Vaccination in Bombay 1869-1873 - 1869-1873
Year: 1869
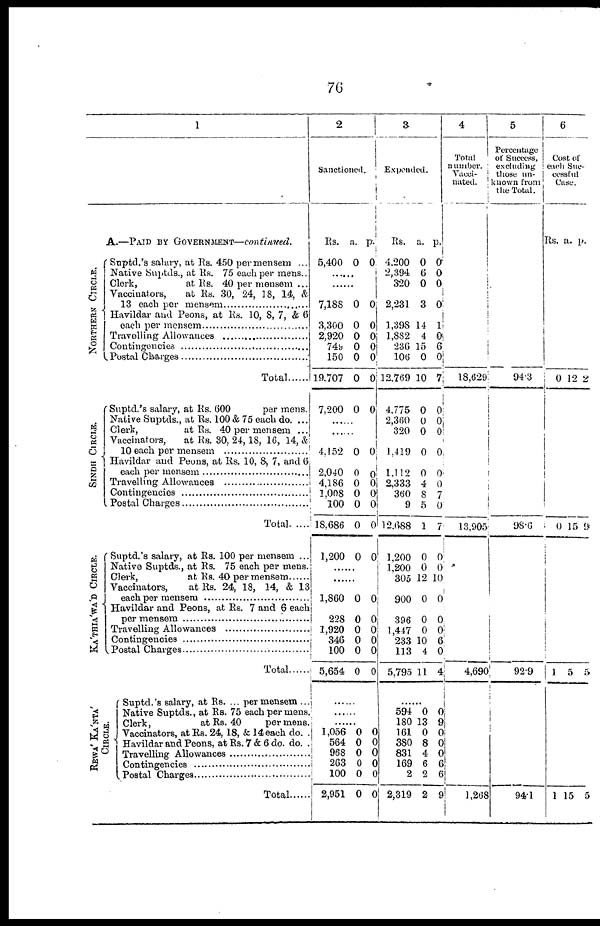
76
1
NORTHERN CIRCLE.
SINDH CIRCLE.
KA'THIA'WA'D CIRCLE.
REWA' KA'NTA'
CIRCLE.
A..—PAID BY GOVERNMENT—continued.
Suptd.'s salary, at Rs. 450 per mensem ...
Native Suptds., at Rs. 75 each per mens..
Clerk,
at Rs. 40 per mensem ...
Vaccinators, at Rs. 30, 24, 18, 14, &
13 each per mensem ...............
Havildar and Peons, at Rs. 10, 8, 7, & 6
each per mensem ...................
Travelling Allowances ..................
Contingencies ....................
Postal Charges .....................
Total
Suptd.'s salary, at Rs. 600
per mens.
Native Suptds., at Rs. 100 & 75 each do. ...1
Clerk,
at Rs. 40 per mensem ...
Vaccinators, at Rs. 30, 24, 18, 16, 14, &
10 each per mensem .................
Havildar and Peons, at Rs. 10, 8, 7, and 6
each per mensem .....................
Travelling Allowances ..................
Contingencies .........................
Postal Charges ........................
Total
Suptd.'s salary, at Rs. 100 per mensem ...
Native Suptds., at Rs. 75 each per mens.
Clerk,
at Rs. 40 per mensem
Vaccinators, at Rs. 24, 18, 14, & 13
each per mensem ..................
Havildar and Peons, at Rs. 7 and 6 each
per mensem .....................
Travelling Allowances ..................
Contingencies ......................
Postal Charges .........................
Total
Suptd.'s salary, at Rs. ... per mensem ...
Native Suptds., at Rs. 75 each per mens.
Clerk,
at Rs. 40
per mens.
Vaccinators, at Rs. 24, 18, & 14 each do..
Havildar and Peons, at Rs. 7 & 6 do. do..
Travelling Allowances ................
Contingencies ......................
Postal Charges ....................
Total
2
Sanctioned.
Rs.
5,400
a.
0
p.
0
......
......
7,188
3,300
2,920
749
150
19,707
7,200
0
0
0
0
0
0
0
0
0
0 0
0
0
0
......
......
4,152
2,040
4,186
1,008
100
18, 686
1,200
0
0
0
0
0
0
0
0
0
0
0
0
0
0
......
......
1,860
228
1,920
346
100
5,654
0
0
0
0
0
0
0
0
0
0
0
0
......
......
......
1,056
564
968
263
100
2,951
0
0
0
0
0
0
0
0
0
0
0
0
3
Expended.
Rs.
4,200
2,394
320
2,231
1,398
1,882
236
106
12,769
4,775
2,360
320
1,419
1,112
2,333
360
9
12,688
1.200
1,200
305
900
396
1,447
233
113
5,795
a.
0
6
0
3
14
4
15
0
10
0
0
0
0
0
4
8
5
1
0
0
12
0
0
0
10
4
11
p.
0
0
0
0
1
0
6
0
7
0
0
0
0
0
0
7
0
7
0
0
10
0
0
0
6
0
4
......
594
180
161
380
831
169
2
2,319
0
13
0
8
4
6
2
2
0
9
0
0
0
6
6
9
4
Total
number.
Vacci-
nated.
18,629
13,905
4,690
1,268
5
Percentage
of Success,
excluding
those un¬
known from
the Total.
94.3
98.6
92.9
94.1
6
Cost of
each Suc-
cessful
Case.
Rs.
0
0
1
1
a.
12
15
5
15
p.
2
9
5
5